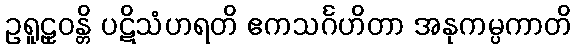
ဥရူဠှဝန္တိ ပဋိသံဟရတိ ဧကသင်္ဂဟိတာ အနုကမ္ပကာတိ